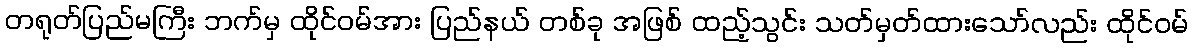
တရုတ်ပြည်မကြီး ဘက်မှ ထိုင်ဝမ်အား ပြည်နယ် တစ်ခု အဖြစ် ထည့်သွင်း သတ်မှတ်ထားသော်လည်း ထိုင်ဝမ်